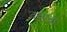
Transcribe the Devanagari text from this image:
दवावों